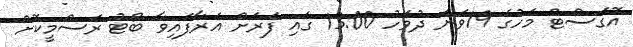
އޮގަސްޓް މަހުގެ 19ވަނަ ދުވަހު 13:00 ގައި ފަރަށް އަރާފައިވާ ބޯޓު ރަސްމީކޮށް